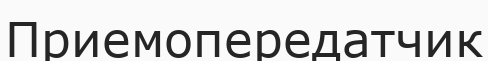
Приемопередатчик